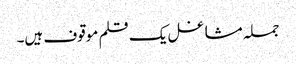
جملہ مشاغل یک قلم موقوف ہیں۔